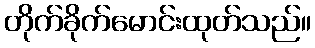
တိုက်ခိုက်မောင်းထုတ်သည်။